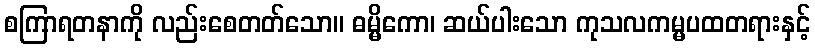
စကြာရတနာကို လည်းစေတတ်သော။ ဓမ္မိကော၊ ဆယ်ပါးသော ကုသလကမ္မပထတရားနှင့်